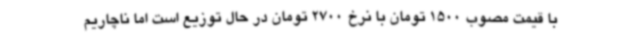
با قیمت مصوب 1500 تومان با نرخ 2700 تومان در حال توزیع است اما ناچاریم